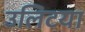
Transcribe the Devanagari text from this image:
उलिटया